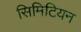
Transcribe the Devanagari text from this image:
सिमिटियन